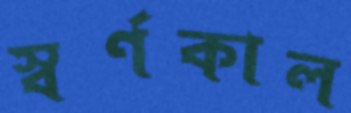
স্বর্ণকাল